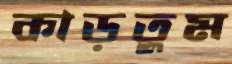
কাড়তুম